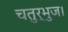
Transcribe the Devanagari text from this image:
चतुर्भुज।